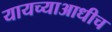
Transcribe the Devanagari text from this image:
यायच्याआधीच